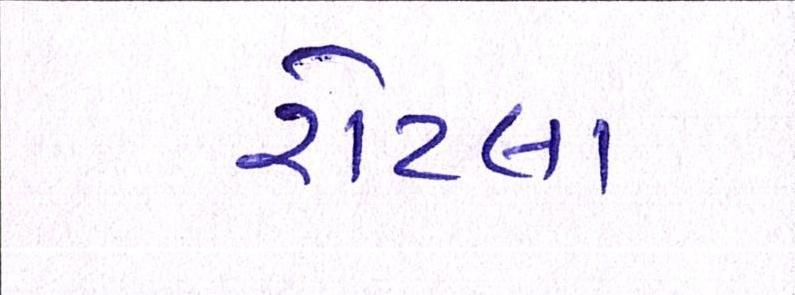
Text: રોટલા